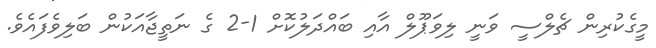
މީގެކުރިން ޗެލްސީ ވަނީ ލިވަޕޫލް އާއި ބައްދަލުކޮށް 1-2 ގެ ނަތީޖާއަކުން ބަލިވެފައެވެ.